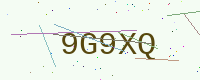
Text: 9G9XQ